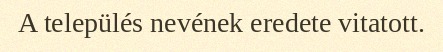
A település nevének eredete vitatott.